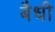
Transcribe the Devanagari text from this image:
बैधी